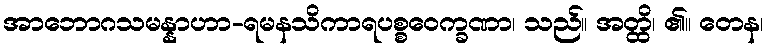
အာဘောဂသမန္နာဟာ-ရမနသိကာရပစ္စဝေက္ခဏာ၊ သည်။ အတ္ထိ၊ ၏။ တေန၊